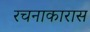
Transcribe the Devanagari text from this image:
रचनाकारास